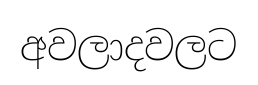
අවලාදවලට